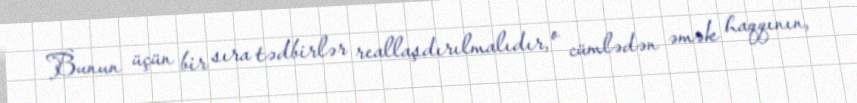
Bunun üçün bir sıra tədbirlər reallaşdırılmalıdır, o cümlədən əmək haqqının,